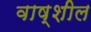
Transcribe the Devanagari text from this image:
वाष्शील